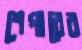
শেপারের